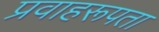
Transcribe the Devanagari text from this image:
प्रवाहरूपता